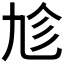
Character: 𠃩